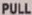
PULL